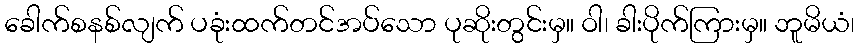
ခေါက်စနစ်လျက် ပခုံးထက်တင်အပ်သော ပုဆိုးတွင်းမှ။ ဝါ၊ ခါးပိုက်ကြားမှ။ ဘူမိယံ၊